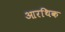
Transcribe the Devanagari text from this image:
आरथिक